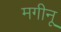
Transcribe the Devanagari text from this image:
मगीनू